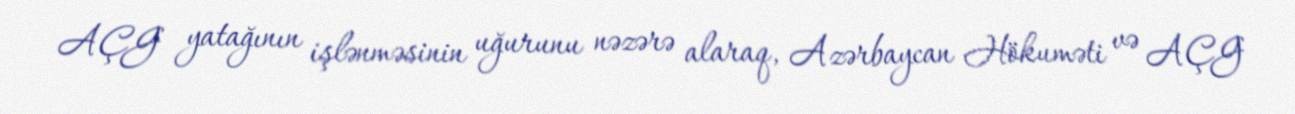
AÇG yatağının işlənməsinin uğurunu nəzərə alaraq, Azərbaycan Hökuməti və AÇG